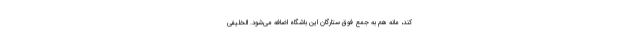
کند، مانه هم به جمع فوق‌ ستارگان این باشگاه اضافه می‌شود. الخلیفی